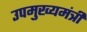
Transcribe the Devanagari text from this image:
उपमुख्‍यमंत्री